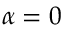
\alpha = 0